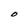
Character: O